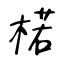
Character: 楉